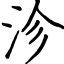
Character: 沴